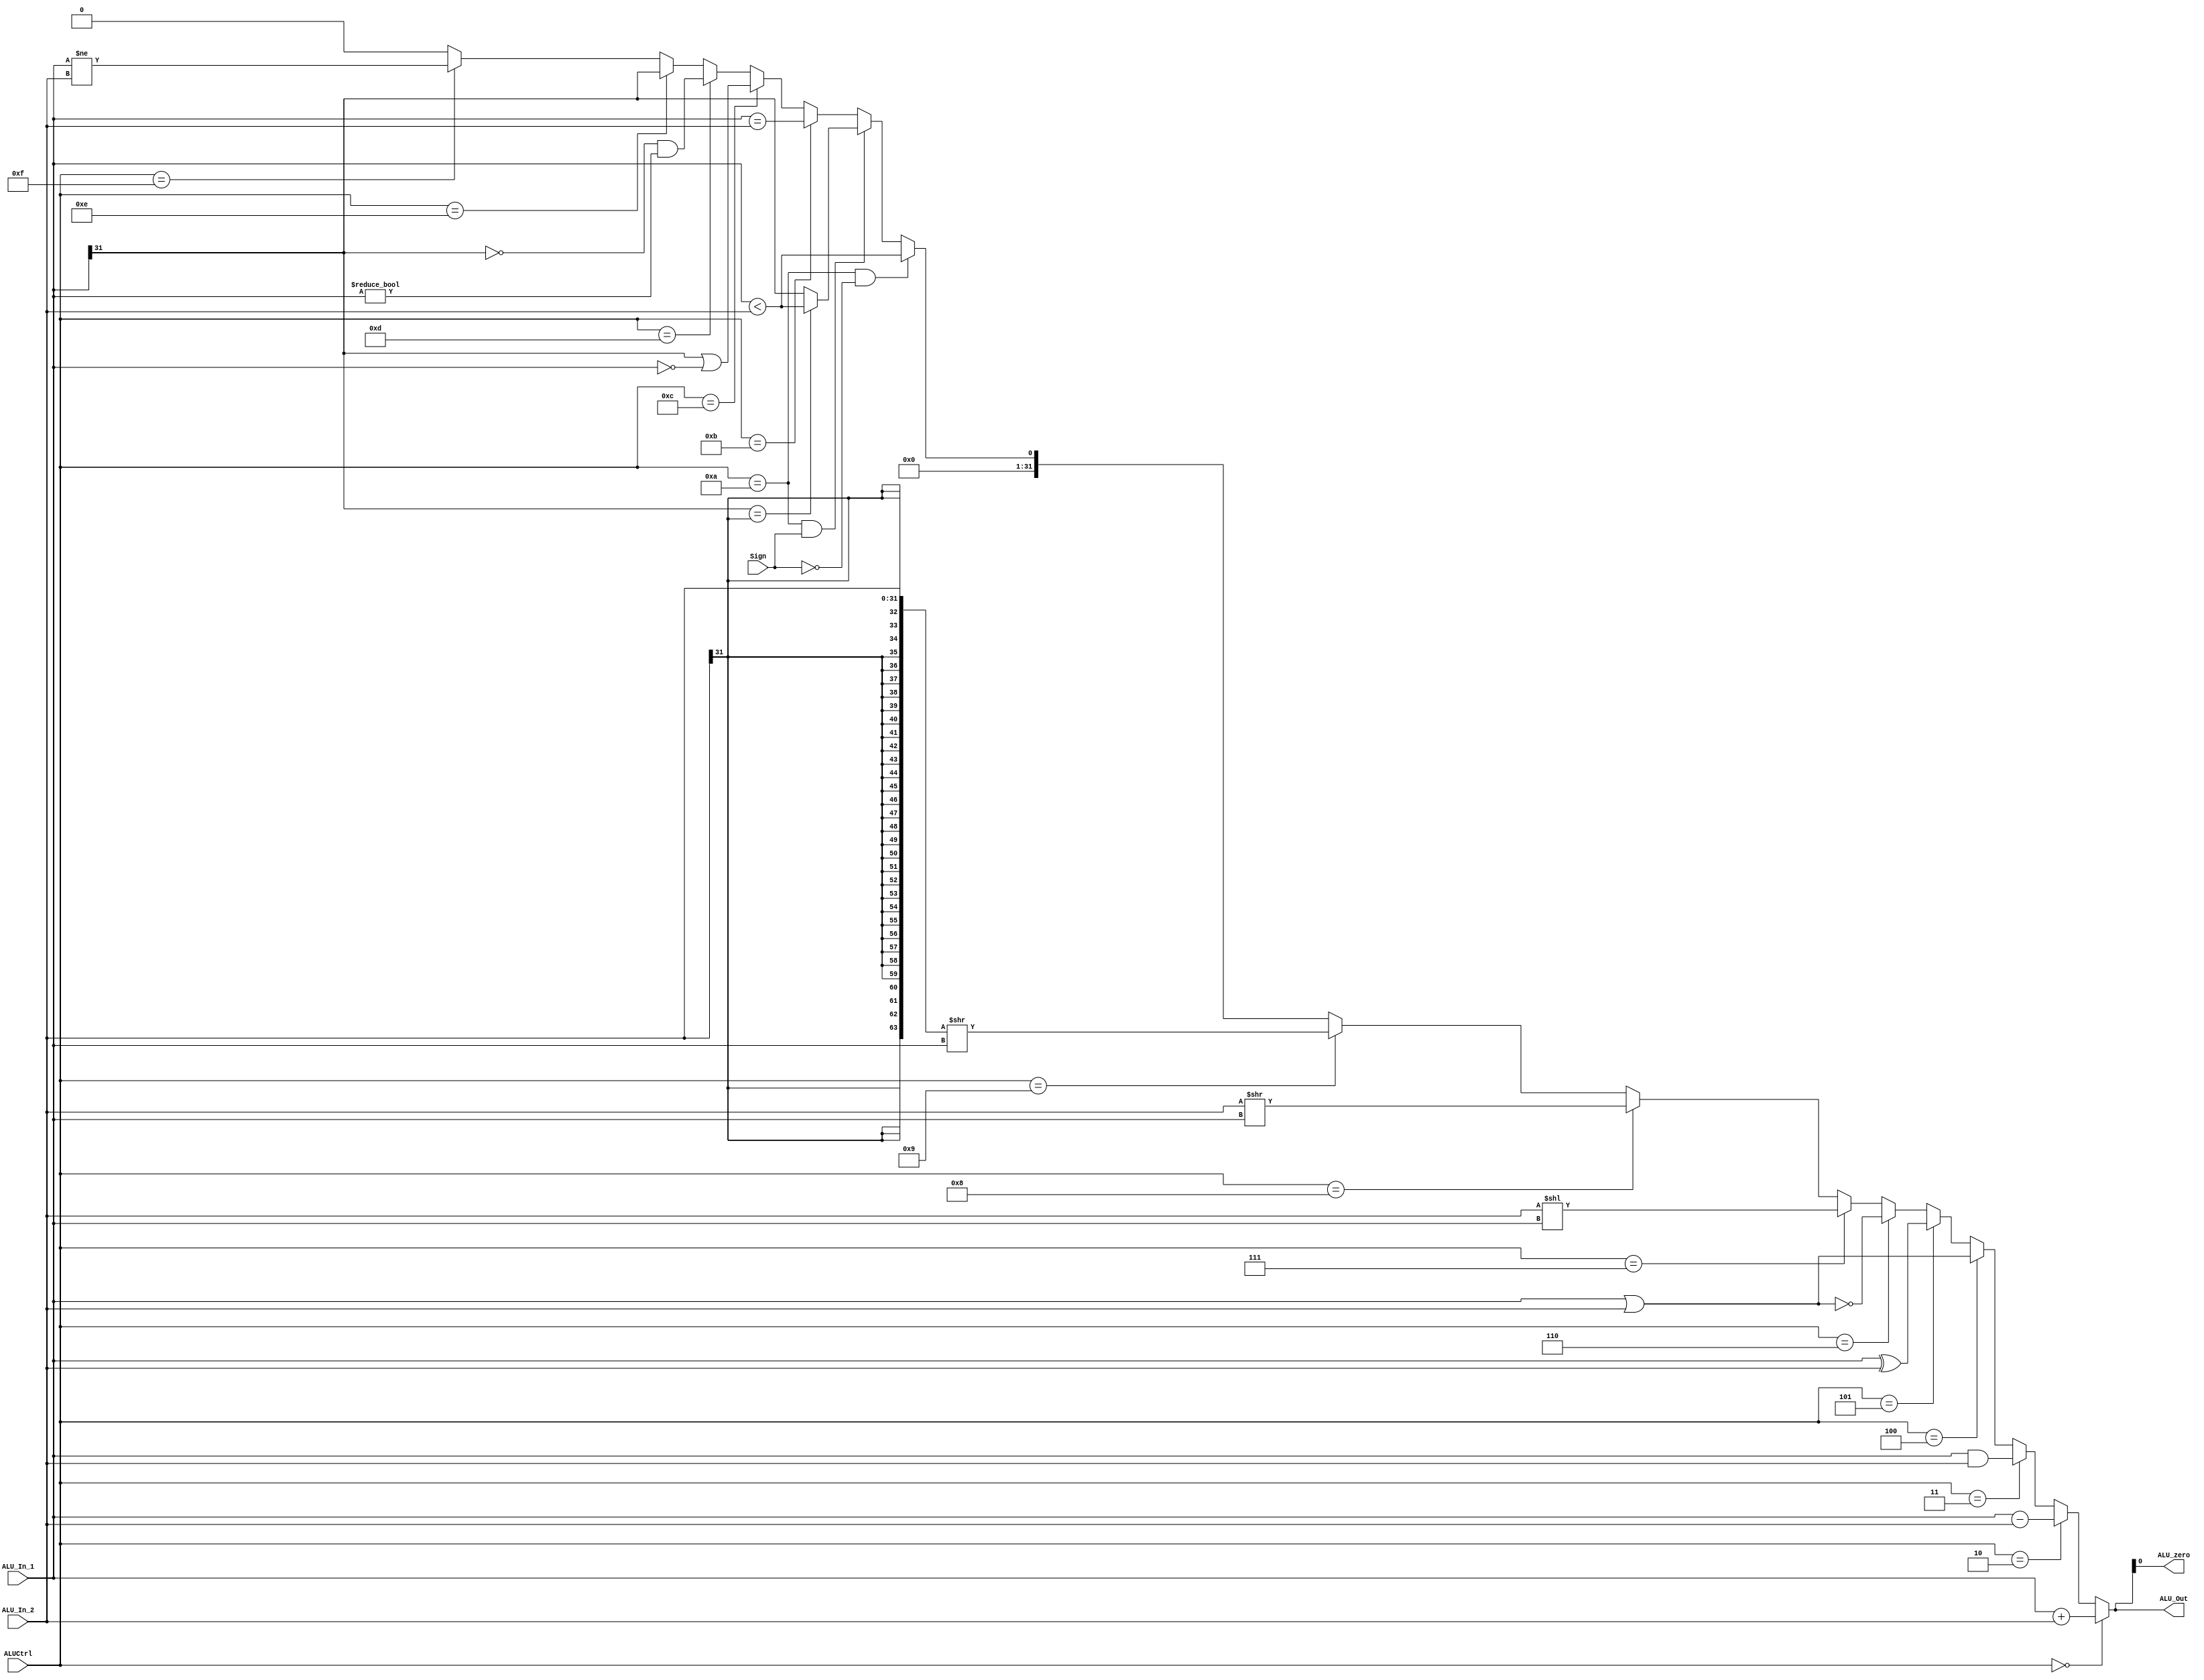
`timescale 1ns / 1ps
module ALU(
	input [31:0] ALU_In_1,
	input [31:0] ALU_In_2,
	input [3:0] ALUCtrl,
	input Sign,
	output [31:0] ALU_Out,
	output ALU_zero
	);
	

	assign ALU_Out=	(ALUCtrl==0)?(ALU_In_1 + ALU_In_2):
					(ALUCtrl==2)?(ALU_In_1 - ALU_In_2):
					(ALUCtrl==3)?(ALU_In_1 & ALU_In_2):
					(ALUCtrl==4)?(ALU_In_1 | ALU_In_2):
					(ALUCtrl==5)?(ALU_In_1 ^ ALU_In_2):
					(ALUCtrl==6)?~(ALU_In_1 | ALU_In_2):
					(ALUCtrl==7)?(ALU_In_2 << ALU_In_1):
					(ALUCtrl==8)?(ALU_In_2 >> ALU_In_1):
					(ALUCtrl==9)?({{32{ALU_In_2[31]}} , ALU_In_2} >> ALU_In_1):
					(ALUCtrl==10&&Sign==0)?(ALU_In_1 < ALU_In_2):
					(ALUCtrl==10&&Sign==1)?((ALU_In_1[31] == ALU_In_2[31])? (ALU_In_1 < ALU_In_2):ALU_In_1[31]):
					(ALUCtrl==11)?(ALU_In_1 == ALU_In_2)://beq
					(ALUCtrl==12)?((ALU_In_1[31] == 1)||(ALU_In_1 == 0))://blez
					(ALUCtrl==13)?((ALU_In_1[31] == 0)&&(ALU_In_1!=0))://bgtz
					(ALUCtrl==14)?(ALU_In_1[31])://bltz
					(ALUCtrl==15)?(ALU_In_1!=ALU_In_2)://bne
					32'b0;//0 

	assign ALU_zero = (ALU_Out); 


	     

	
endmodule